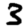
Digit: 3